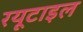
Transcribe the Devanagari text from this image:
रयूटाइल